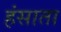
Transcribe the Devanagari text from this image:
हंसाता